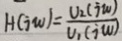
H ( i w ) = \frac { U _ { 2 } ( i w ) } { U _ { 1 } ( i w ) }